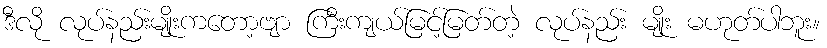
ဒီလို လုပ်နည်းမျိုးကတော့ဗျာ ကြီးကျယ်မြင့်မြတ်တဲ့ လုပ်နည်း မျိုး မဟုတ်ပါဘူး။